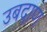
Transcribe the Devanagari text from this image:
उबदाण